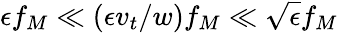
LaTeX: \epsilon f_{M}\ll(\epsilon v_{t}/w)f_{M}\ll\sqrt{\epsilon}f_{M}